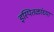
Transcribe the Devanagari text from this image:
इस्पितळांच्या